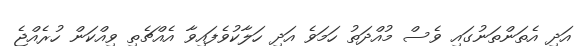
އަދި އެތަންތަނުގައި ވެސް މުއްދަތު ހަމަވެ އަދި ހަލާކުވެފައިވާ އެއްޗެތި ވިއްކަން ހުރެއްޖެ